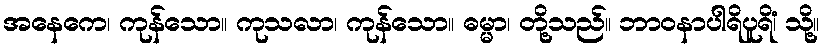
အနေကေ၊ ကုန်သော။ ကုသလာ၊ ကုန်သော။ ဓမ္မာ၊ တို့သည်။ ဘာဝနာပါရိပူရိံ၊ သို့။